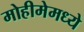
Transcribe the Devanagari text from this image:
मोहीमेमध्ये